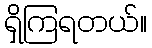
ရှိကြရတယ်။